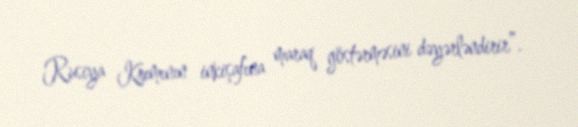
Rusiya Krımının inkişafına maraq göstərməsini dəyərləndirir”.